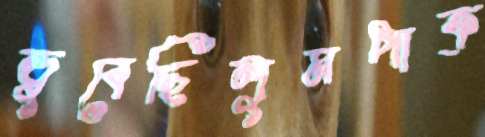
ডুবেছিলুমপাক্‌